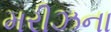
મરીઝના